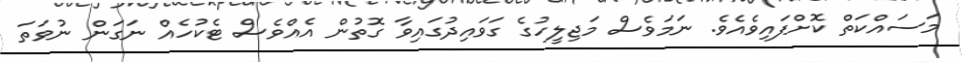
މަސައްކަތް ކޮށްފައިވެއެވެ. ނަމަވެސް މަޖިލީހުގެ ގަވައިދުގައިވާ ގޮތުން އެއްވެސް ޓެކުހެއް ނަގަން ނުވަތަ